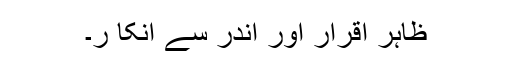
ظاہر اقرار اور اندر سے انکا ر۔